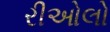
રીઓલો